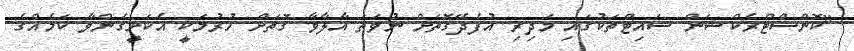
"ކޮންސްޓްރެކްޝަން ސައިޓްތަކުގައި މަދިރި އުފެދޭގޮތަށް ނުވަތަ އާލާވާ ގޮތަށް ހުރުމަކީ އެކަށީގެންވާ ކަަމެއްގެ